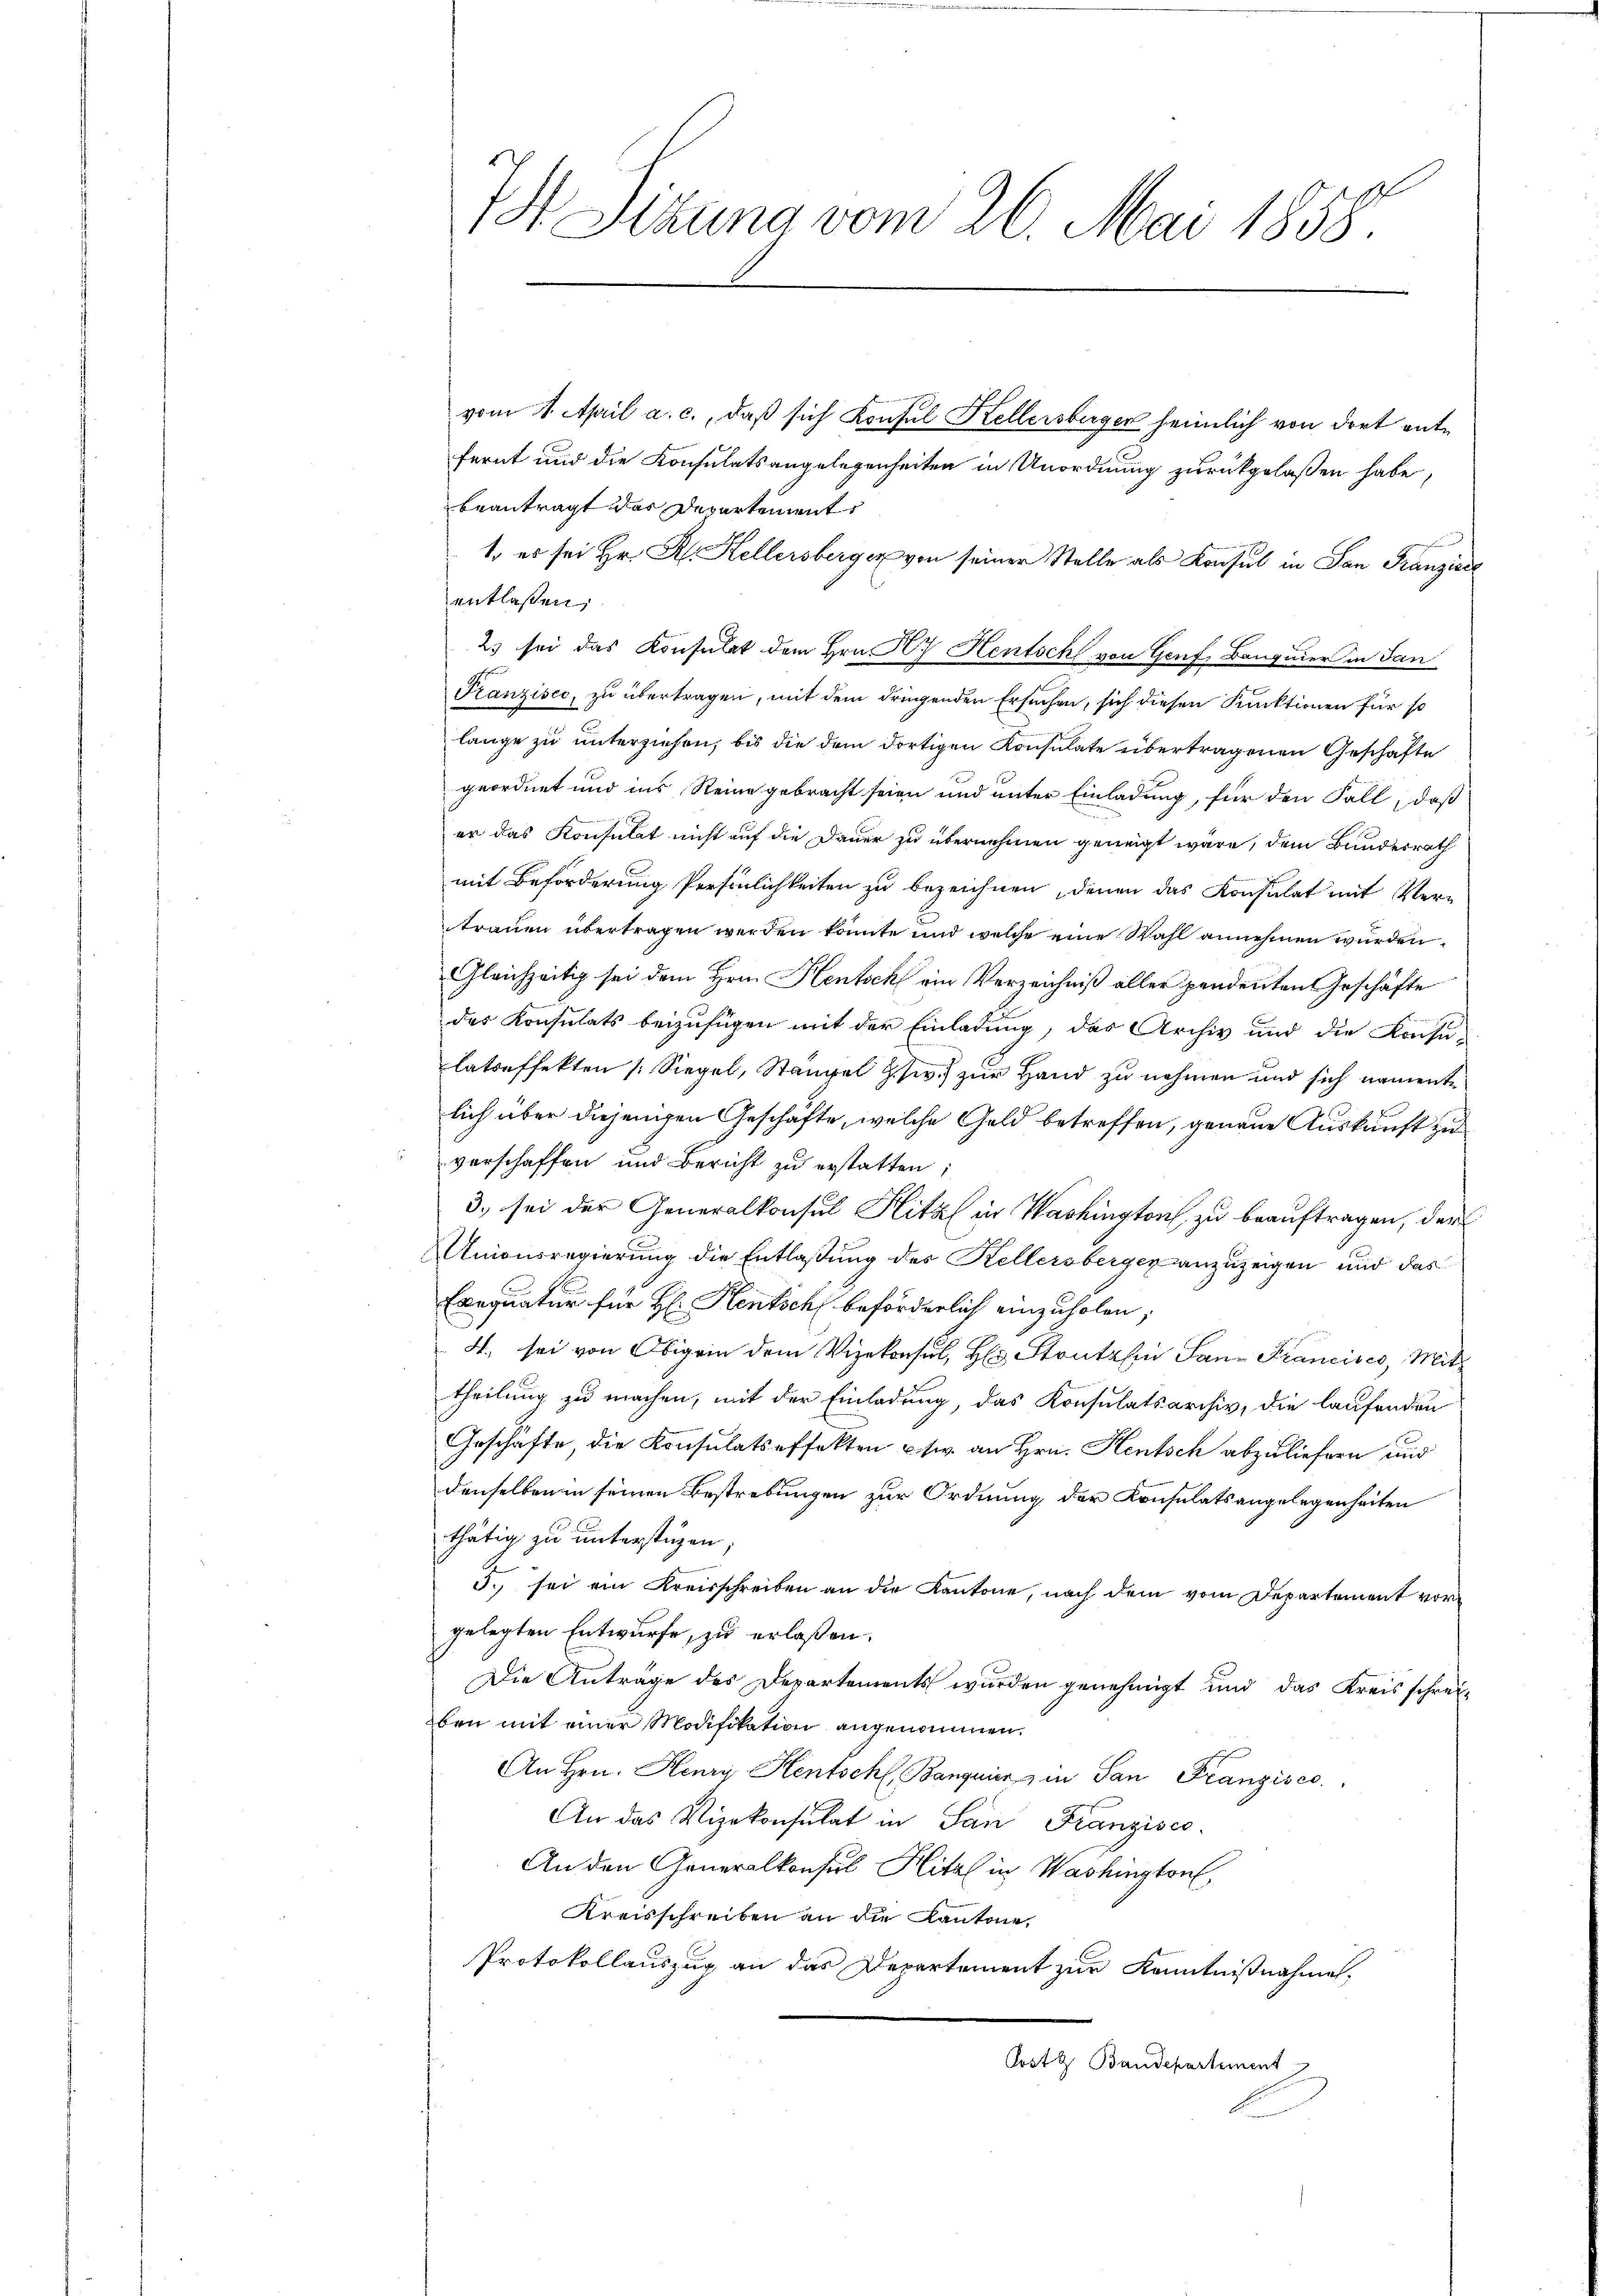
7 Sitzung vom 26. Mai 1858.

vom 1. April a. c., daß sich Konsul Kellersburger heimlich von dort entfernt und die Konsulatsangelegenheiten in Unordnung zurückgelaßen habe,
beantragt der Departement
1. es sei Hr. R. Kellersberger von seiner Stelle als Konsul in San Franziel
entlassen,
23 sei das Konsulat dem Hrn. A. Hentsch von Genf, Banquier in San
Franzisco, zu übertragen, mit dem dringenden Ersuchen, sich diesen Funktionen für so
lange zu unterziehen, bis die dem dortigen Konsulate übertragenen Geschäfte
geordnet und ins Reine gebracht seien und unter Einladung, für den Fall, daß
er das Konsulat nicht auf die Dauer zu übernehmen geneigt wäre, dem Bundesrath
mit Beförderung Persönlichkeiten zu bezeichnen, denen das Konsulat mit Ver-
trauen übertragen werden könnte und welche eine Wahl annehmen wurden.
Gleichzeitig sei dem Hrn. Hentsch ein Verzeichniß aller pendenten Geschäfte
des Konsulats beizufügen mit der Einladung, das Archiv und die Konsu-
latreffekten Siegel, Stangel usw.) zur Hand zu nehmen und sich namente
lich über diejenigen Geschäfte, welche Geld betreffen, genaue Auskunft zu
verschaffen und Bericht zu erstatten,
3. sei der Generalkonsul Hital in Washington zu beauftragen, der
Unionsregierung die Entlaßung des Kellersberger anzuzeigen und das
Exequatur für H. Hentsch beförderlich einzuholen,
4., sei von Obigen dem Vizekonsul, H. Stantasi San Francisco, Mittheilung zu machen, mit der Einladung, das Konsulatsarchiv, die laufenden
Geschäfte, die Konsulatseffekten usw. an Hrn. Hentsch abzuliefern und
denselben in seinen Bestrebungen zur Ordnung der Konsulatsangelegenheiten
thätig zu unterstüzen;
3. sei ein Kreisschreiben an die Kantone, nach dem vom Departement vorgelegten Entwurfe, zu erlaßen.
Die Anträge des Departements wurden genehmigt und das Kreisschrei-
ben mit einer Modifikation angenommen.
An Hrn. Henry Hentschl, Banquier in San Franzisco
An das Vizekonsulat in San Franzises.
An den Generalkonsul Hital in Washington
Kreisschreiben an die Kantone
Protokollauszug an das Departement zur Kenntnißnahme,
Post & Baudepartement